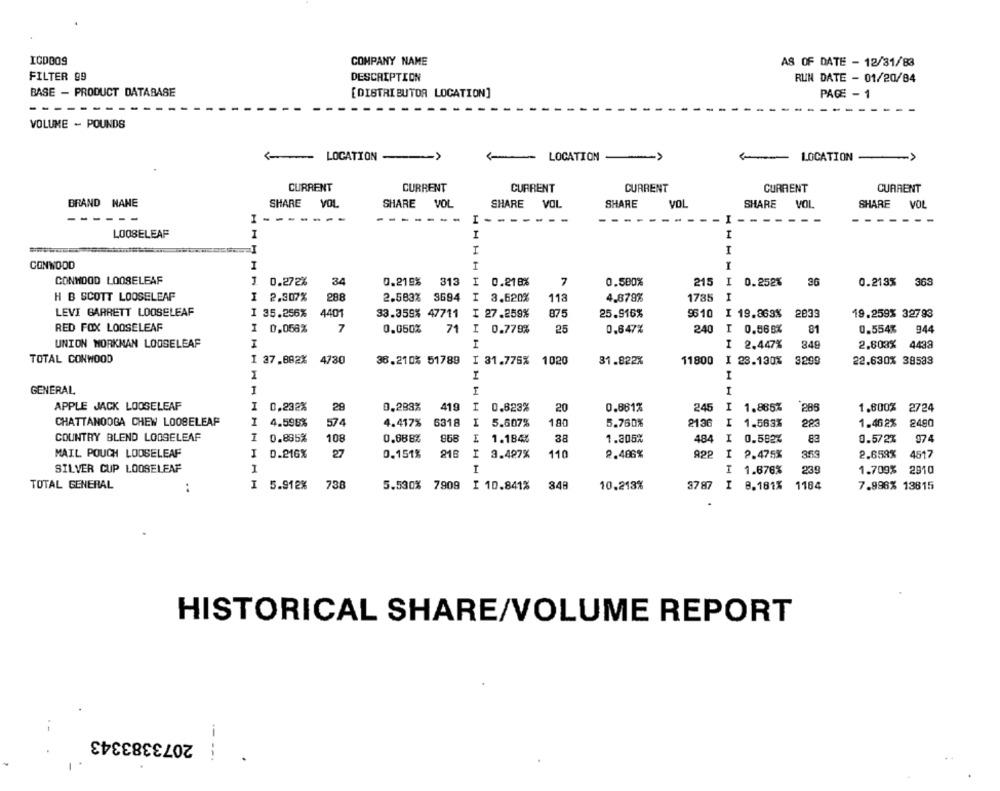
ICDBOS
COMPANY NAME
AS OF DATE - 12/81/83
FILTER 99
DESCRIPTION
RUN DATE - 01/20/84
BASE - PRODUCT DATABASE
[DISTRIBUTOR LOCATION]
PAGE - 1
---------
VOLUME - POUNDS
LOCATION
LOCATION
LOCATION
->
CURRENT
CURRENT
CURRENT
CURRENT
CURRENT
CURRENT
BRAND NANE
SHARE
VOL
SHARE VOL
SHARE
VOL
SHARE
VOL
SHARE
VOL
SHARE
VOL
--
I - -.
----
--
I --
----
- I
-
-
--
-----.
LOOSELEAF
I
I
I
I
CONWOOD
I
CONHOOD LOOSELEAF
1
0.272%
34
0.219%
313
I
0.218%
7
0.500%
215
I
0.252%
36
0.213% 363
H B SCOTT LOOSELEAF
2.307%
288
2.583% 3694
I 3.620%
113
4.878%
1735
LEVI BARRETT LOOSELEAF
I 35.256%
4401
33.359% 47711 I 27.259%
875
25.916%
96 10
I 19.863%
2039
19.259% 32793
RED FOX LOOSELEAF
I
0,058%
7
0.050%
71 I 0.779%
25
0.647%
240
I 0.565%
81
0.554%
944
UNION WORKMAN LOOSELEAF
I
I 2.447%
849
2.808%
4438
TOTAL CONWOOD
I 37.882% 4730
36.210% 51789
I 31.776%
1020
31.822%
11800
I 23.130%
3209
22.630% 38533
1
I
GENERAL
1
I
I
APPLE JACK LOOSELEAF
I
0,232%
29
0.283%
419
I
0.823%
20
0.861%
245
I
1.885%
286
1.800% 2724
CHATTANOOGA CHEW LOOSELEAF
I
4.598%
574
4.417% 6318
I
5.607%
180
5.760%
2136
I
1.563%
283
1.462%
2490
COUNTRY BLEND LOOSELEAF
I
0.885%
108
0.688%
868
1.184%
38
1.305%
484
I
0.582%
83
0.572%
974
MAIL POUCH LOOSELEAF
I
D.216%
27
0.151%
218
3.487%
110
2.486%
APP
I
2.475%
2.659%
4517
SILVER CUP LOOSELEAF
1
I
1.676%
239
1.709%
2910
TOTAL GENERAL
..
I
5.912%
738
5.530% 7909
I 10.841%
349
10.213%
37 87
I
8.181%
1184
7.996% 13615
HISTORICAL SHARE/VOLUME REPORT
2073383343
-- --.